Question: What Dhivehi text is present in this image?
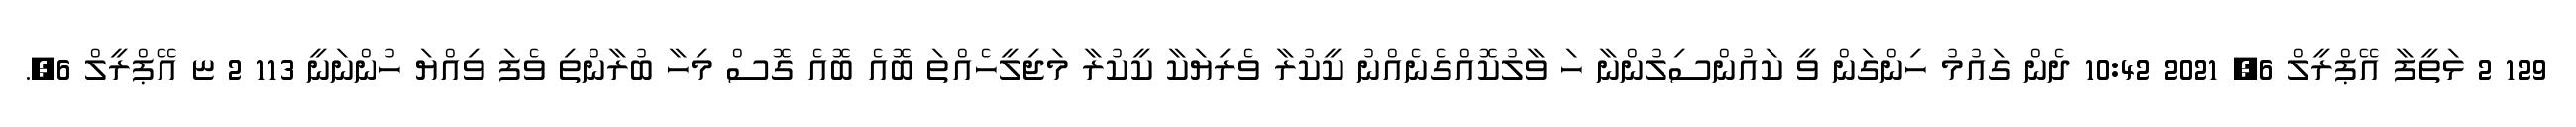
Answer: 129 2 ޅަތީފާ އޭޕްރީލް 6, 2021 10:42 ދެން ގައުމު ހިންގަން ވީ ކައުންސިލުންނާ ހަ ވާލުކޮއްގެނެއްނު ކީކުރާ ވެރިޔަކާ ކީކުރާ މަޖިލީހެއްތަ ބޮއެ ބޮއެ ގޮސް މިހާ ބުރާންތި ވެފަ ވިއްޔަ ހުންނަނީ 113 2 ޏ އޭޕްރީލް 6,.